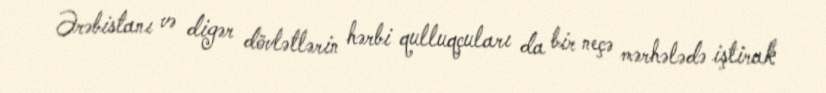
Ərəbistanı və digər dövlətlərin hərbi qulluqçuları da bir neçə mərhələdə iştirak